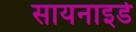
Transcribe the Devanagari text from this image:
सायनाइडे